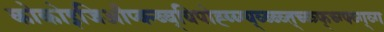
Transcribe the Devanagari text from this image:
कोकोइजिऔप्क्न्ब्ब्यिपोह्य्य्ग्य्व्ब्ब्व्त्च्व्त्र्फ्च्ग्फ्व्ग्व्ग